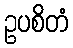
ဥပစိတံ